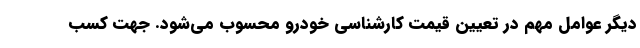
دیگر عوامل مهم در تعیین قیمت کارشناسی خودرو محسوب می‌شود. جهت کسب